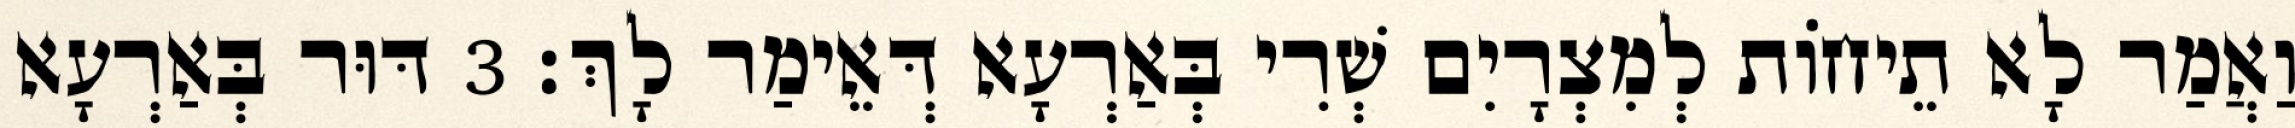
וַאֲמַר לָא תֵיחוֹת לְמִצְרָיִם שְׁרִי בְּאַרְעָא דְּאֵימַר לָךְ׃ 3 דּוּר בְּאַרְעָא